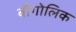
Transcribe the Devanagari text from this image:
बौगोलिक